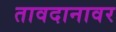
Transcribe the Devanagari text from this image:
तावदानावर